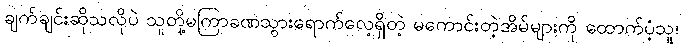
ချက်ချင်းဆိုသလိုပဲ သူတို့မကြာခဏသွားရောက်လေ့ရှိတဲ့ မကောင်းတဲ့အိမ်များကို ထောက်ပံ့သူ၊